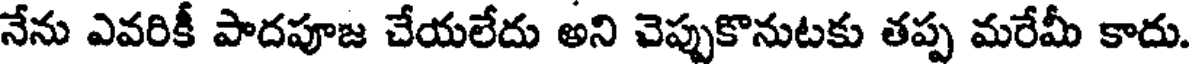
నేను ఎవరికీ పాదపూజ చేయలేదు అని చెప్పుకొనుటకు తప్ప మరేమీ కాదు.